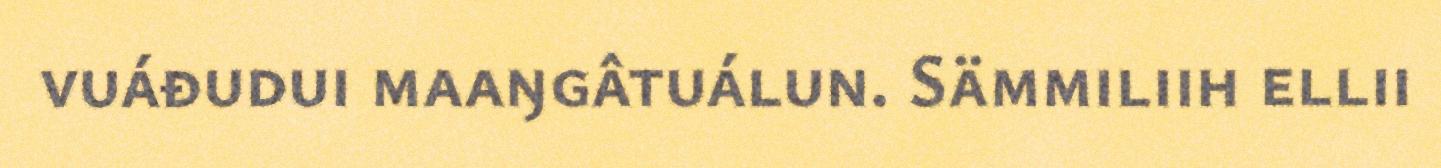
vuáđudui maaŋgâtuálun. Sämmiliih ellii